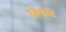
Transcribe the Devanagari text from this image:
एक्वेडक्ट